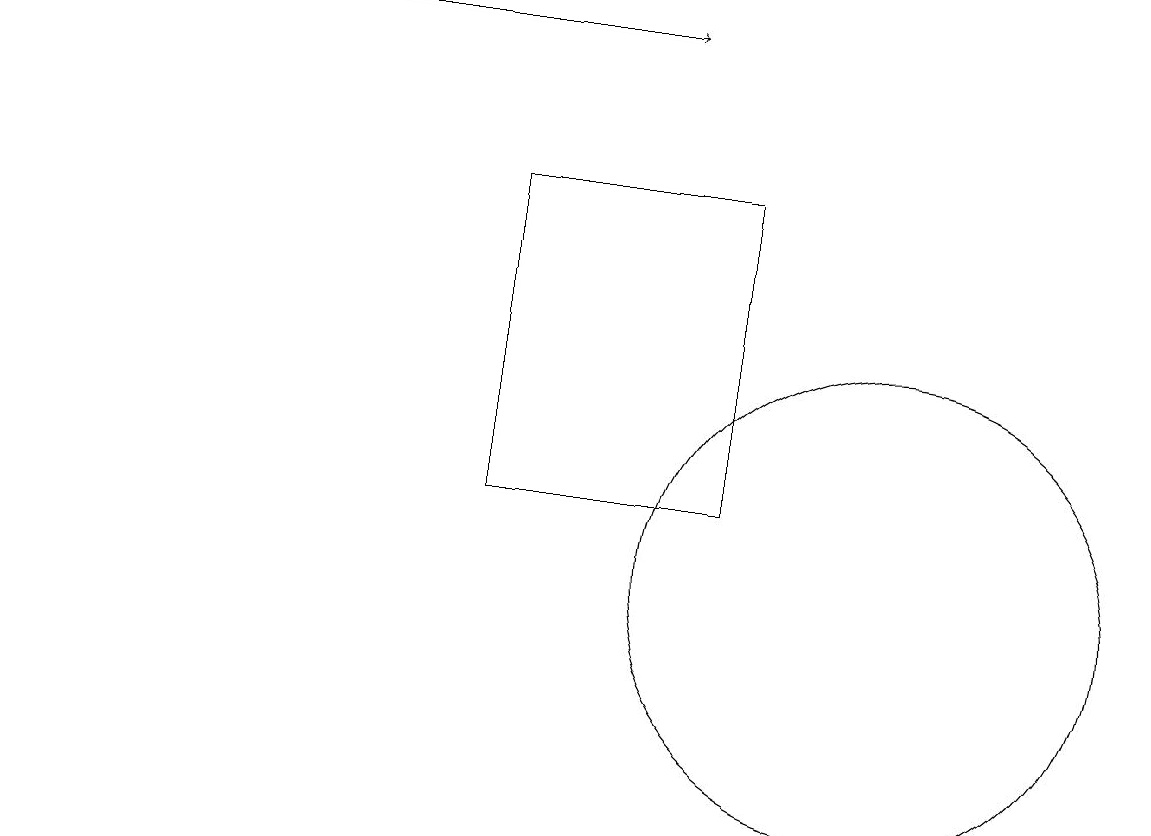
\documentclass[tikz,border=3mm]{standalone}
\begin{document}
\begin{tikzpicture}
\draw (9,16) rectangle (6,12);
\draw (11,11) circle (3);
\draw[->] (0,18) -- (8,18);
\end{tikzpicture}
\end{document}